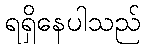
ရရှိနေပါသည်